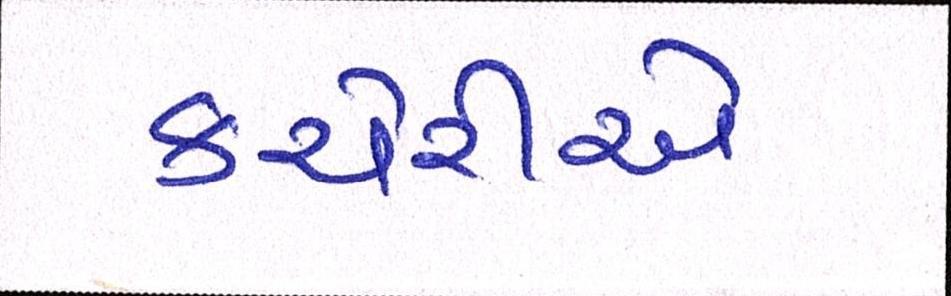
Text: કચેરીએ